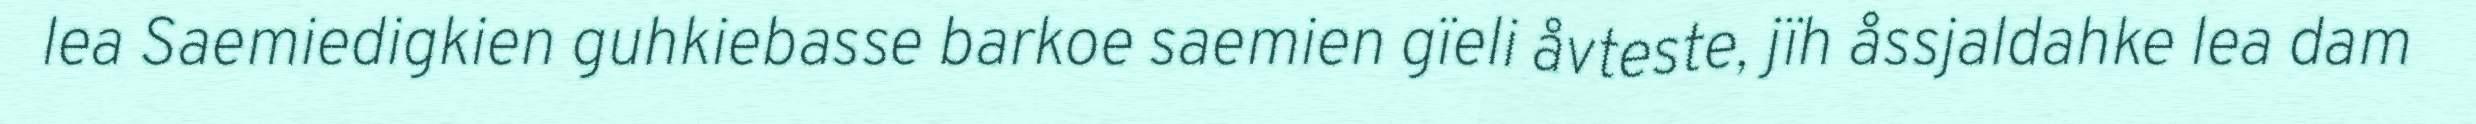
lea Saemiedigkien guhkiebasse barkoe saemien gïeli åvteste, jïh åssjaldahke lea dam